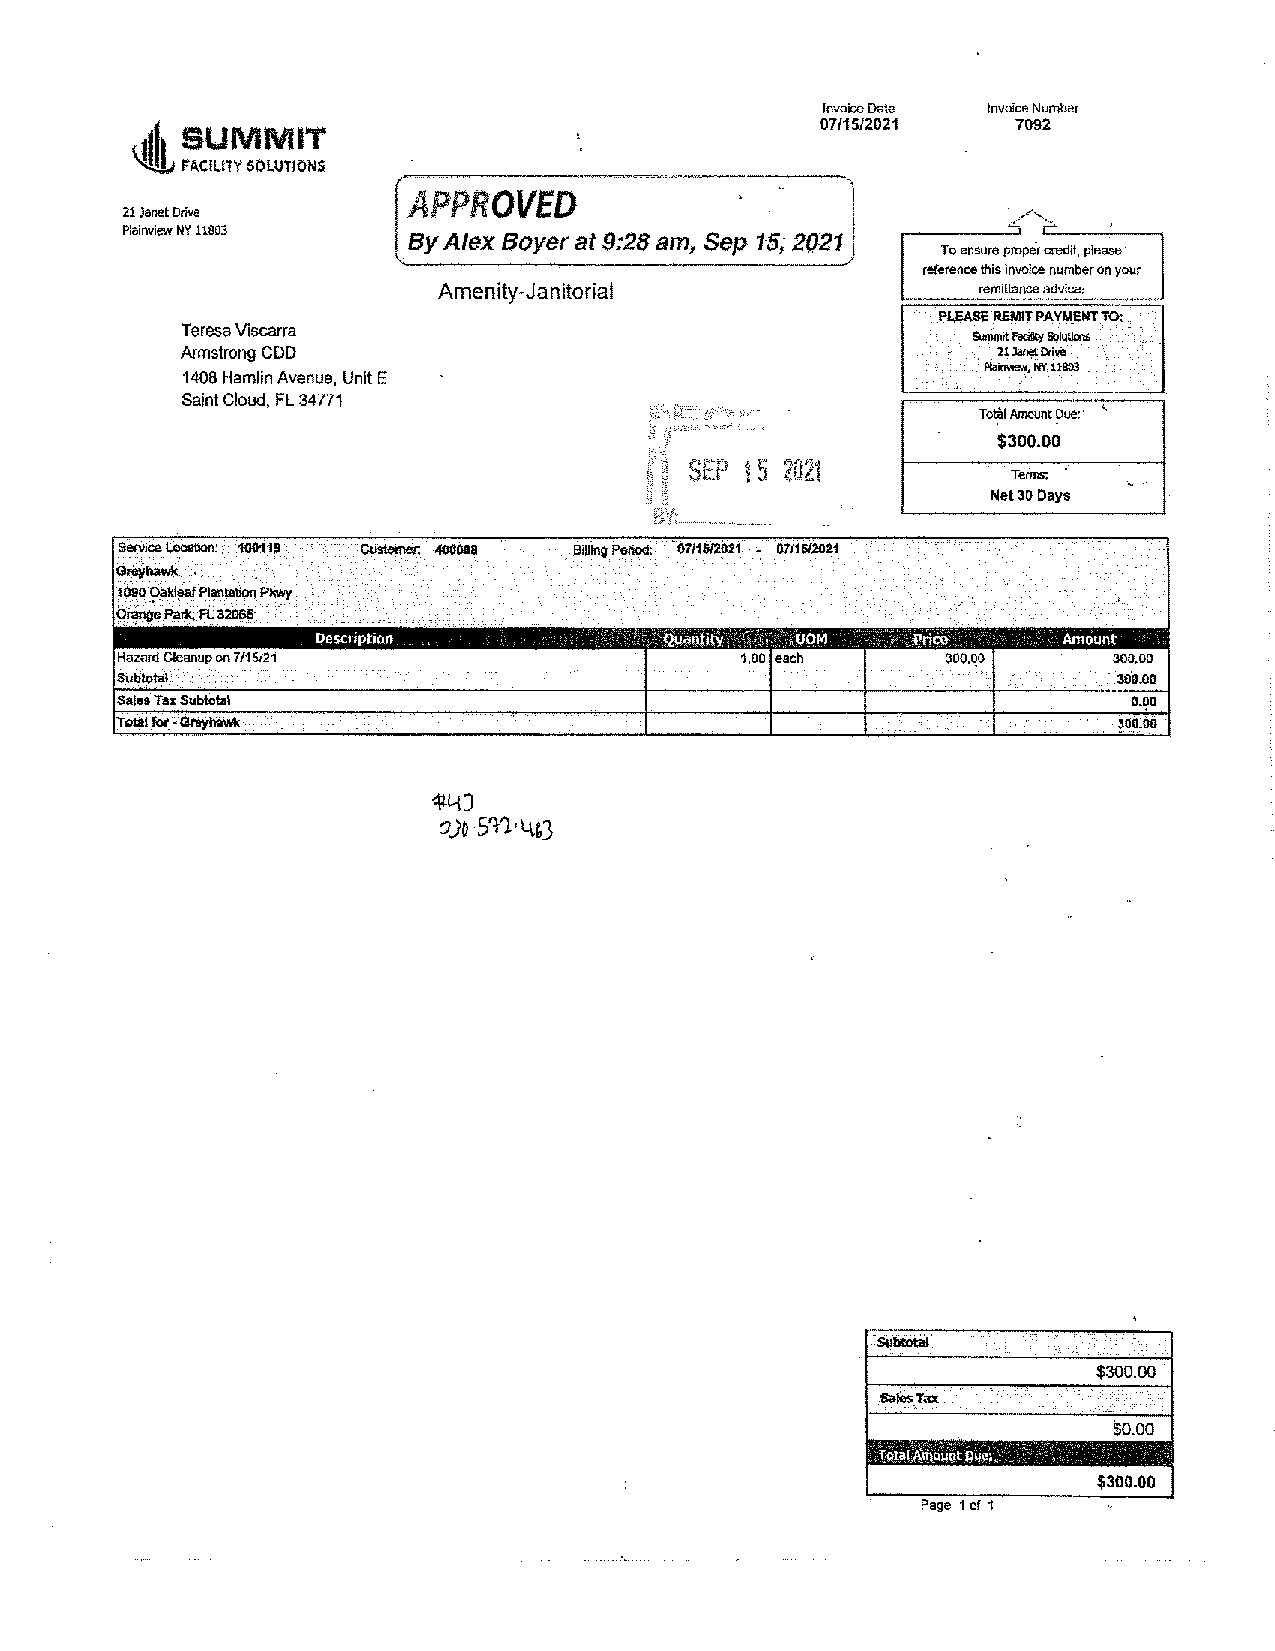
Invoice Date lnvoice Number
 07/15/2021   7092
 '111l1lS LU MMIT
 FACILITYS OLUTIONS
 APPROVED
 21 Janet Drive                                             -
 PlainviewN Y 11803 By Alex Boyer at 9:28 am, Sep 15; 2(121   ~
 To ensurep rope.rcredit,p lease·
 reference this invoice number on your
 Amenity-Janitorial                  remittance advice:
 PL.EASE REMIT PAVMENT TO:
 TeresaV iscarra
 Surrllrfraitt ilty Solutlat$
 Armstrong COD                                         21 Janet Drive
 Plai!Mew,N Y 11803
 1408 Hamlin Avenue, Unit E
 .     •.      • .
 Saint Cloud, FL 34771
 TotalA mountD ue:· '
 $300.00
 Tefms;   .
 '
 Net30 Days
 Service. Location: 100119     BllllngP_e tiod: ··0111s12i)21- 07116/2011
 GfGYhawk_ ,
 1090 .';)akl~ Plantatior]P kwy
 orangeP ark, FL 32065            .          .
 Description          ', QuoRli\"¥ft' .!1 ~YOM ,,:::· Price Amount
 Hazard Cleanup on 7115i21                1,00 each     300.Q0     300.00
 SUbtQ~;                                       .                   300.00
 Sales Tax Subtotal                                                 0.90
 Total fot_ -·Greyha\\11:                                        . ~0_0.00
 -S!lbtol;al
 $300.00